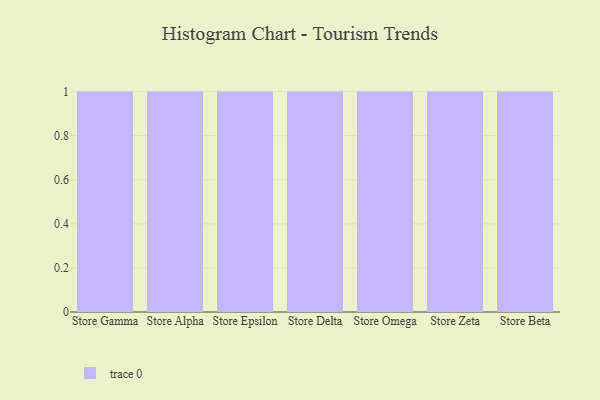
{"axis": {"x": "Store", "y": "Market Share (%)"}, "legend": [""], "data": [{"x": "Store Gamma", "y": 35, "type": ""}, {"x": "Store Alpha", "y": 16, "type": ""}, {"x": "Store Epsilon", "y": 87, "type": ""}, {"x": "Store Delta", "y": 45, "type": ""}, {"x": "Store Omega", "y": 90, "type": ""}, {"x": "Store Zeta", "y": 91, "type": ""}, {"x": "Store Beta", "y": 39, "type": ""}]}